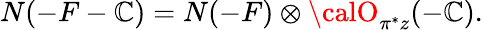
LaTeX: N(-F-\mathbb{C})=N(-F)\otimes{\calO}_{\pi^{*}z}(-\mathbb{C}).